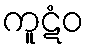
ကူဋံဝ